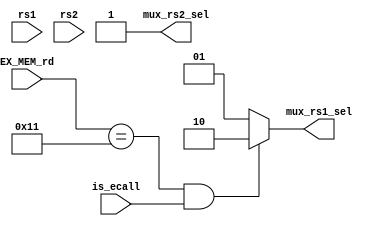
`define EX_MEM_ALU_OUT_SEL 2'b01
`define RD_DIN_SEL 2'b10

module ForwardingEcallUnit(
    rs1,
    rs2,
    is_ecall,
    EX_MEM_rd,
    mux_rs1_sel,
    mux_rs2_sel
);
    input [4:0] rs1;
    input [4:0] rs2;
    input is_ecall;
    input [4:0] EX_MEM_rd;
    output reg [1:0] mux_rs1_sel;
    output reg mux_rs2_sel;
    
    always @(*) begin
        mux_rs1_sel = EX_MEM_rd == 17 && is_ecall ? `RD_DIN_SEL : `EX_MEM_ALU_OUT_SEL;
        mux_rs2_sel = 1'b1;
    end
endmodule